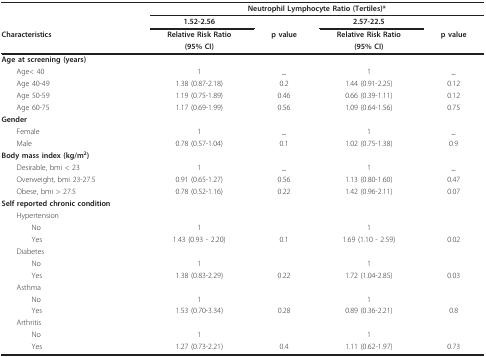
<table><thead><tr><td></td><td colspan="4"><b>Neutrophil Lymphocyte Ratio (Tertiles)*</b></td></tr><tr><td></td><td><b>1.52-2.56</b></td><td></td><td><b>2.57-22.5</b></td><td></td></tr><tr><td><b>Characteristics</b></td><td><b>Relative Risk Ratio</b></td><td><b>p value</b></td><td><b>Relative Risk Ratio</b></td><td><b>p value</b></td></tr><tr><td></td><td><b>(95% CI)</b></td><td></td><td><b>(95% CI)</b></td><td></td></tr></thead><tbody><tr><td><b>Age at screening (years)</b></td><td></td><td></td><td></td><td></td></tr><tr><td> Age&lt; 40</td><td>1</td><td>_</td><td>1</td><td>_</td></tr><tr><td> Age 40-49</td><td>1.38 (0.87-2.18)</td><td>0.2</td><td>1.44 (0.91-2.25)</td><td>0.12</td></tr><tr><td> Age 50-59</td><td>1.19 (0.75-1.89)</td><td>0.46</td><td>0.66 (0.39-1.11)</td><td>0.12</td></tr><tr><td> Age 60-75</td><td>1.17 (0.69-1.99)</td><td>0.56</td><td>1.09 (0.64-1.56)</td><td>0.75</td></tr><tr><td><b>Gender</b></td><td></td><td></td><td></td><td></td></tr><tr><td> Female</td><td>1</td><td>_</td><td>1</td><td>_</td></tr><tr><td> Male</td><td>0.78 (0.57-1.04)</td><td>0.1</td><td>1.02 (0.75-1.38)</td><td>0.9</td></tr><tr><td><b>Body mass index (kg/m<sup>2</sup>)</b></td><td></td><td></td><td></td><td></td></tr><tr><td> Desirable, bmi &lt; 23</td><td>1</td><td>_</td><td>1</td><td>_</td></tr><tr><td> Overweight, bmi 23-27.5</td><td>0.91 (0.65-1.27)</td><td>0.56</td><td>1.13 (0.80-1.60)</td><td>0.47</td></tr><tr><td> Obese, bmi &gt; 27.5</td><td>0.78 (0.52-1.16)</td><td>0.22</td><td>1.42 (0.96-2.11)</td><td>0.07</td></tr><tr><td><b>Self reported chronic condition</b></td><td></td><td></td><td></td><td></td></tr><tr><td> Hypertension</td><td></td><td></td><td></td><td></td></tr><tr><td>No</td><td>1</td><td></td><td>1</td><td></td></tr><tr><td>Yes</td><td>1.43 (0.93 - 2.20)</td><td>0.1</td><td>1.69 (1.10 - 2.59)</td><td>0.02</td></tr><tr><td> Diabetes</td><td></td><td></td><td></td><td></td></tr><tr><td>No</td><td>1</td><td></td><td>1</td><td></td></tr><tr><td>Yes</td><td>1.38 (0.83-2.29)</td><td>0.22</td><td>1.72 (1.04-2.85)</td><td>0.03</td></tr><tr><td> Asthma</td><td></td><td></td><td></td><td></td></tr><tr><td>No</td><td>1</td><td></td><td>1</td><td></td></tr><tr><td>Yes</td><td>1.53 (0.70-3.34)</td><td>0.28</td><td>0.89 (0.36-2.21)</td><td>0.8</td></tr><tr><td> Arthritis</td><td></td><td></td><td></td><td></td></tr><tr><td>No</td><td>1</td><td></td><td>1</td><td></td></tr><tr><td>Yes</td><td>1.27 (0.73-2.21)</td><td>0.4</td><td>1.11 (0.62-1.97)</td><td>0.73</td></tr></tbody></table>